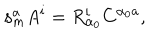
LaTeX: \mathbf { s } _ { m } ^ { a } A ^ { i } = R _ { \alpha _ { 0 } } ^ { i } C ^ { \alpha _ { 0 } a } ,